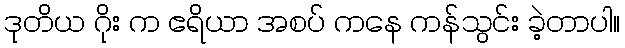
ဒုတိယ ဂိုး က ဧရိယာ အစပ် ကနေ ကန်သွင်း ခဲ့တာပါ။